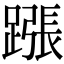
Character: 𨄰